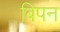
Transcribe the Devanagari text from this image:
बिपन